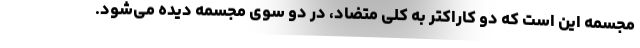
مجسمه این است که دو کاراکتر به کلی متضاد، در دو سوی مجسمه دیده می‌شود.